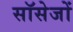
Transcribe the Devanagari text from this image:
सॉसेजों